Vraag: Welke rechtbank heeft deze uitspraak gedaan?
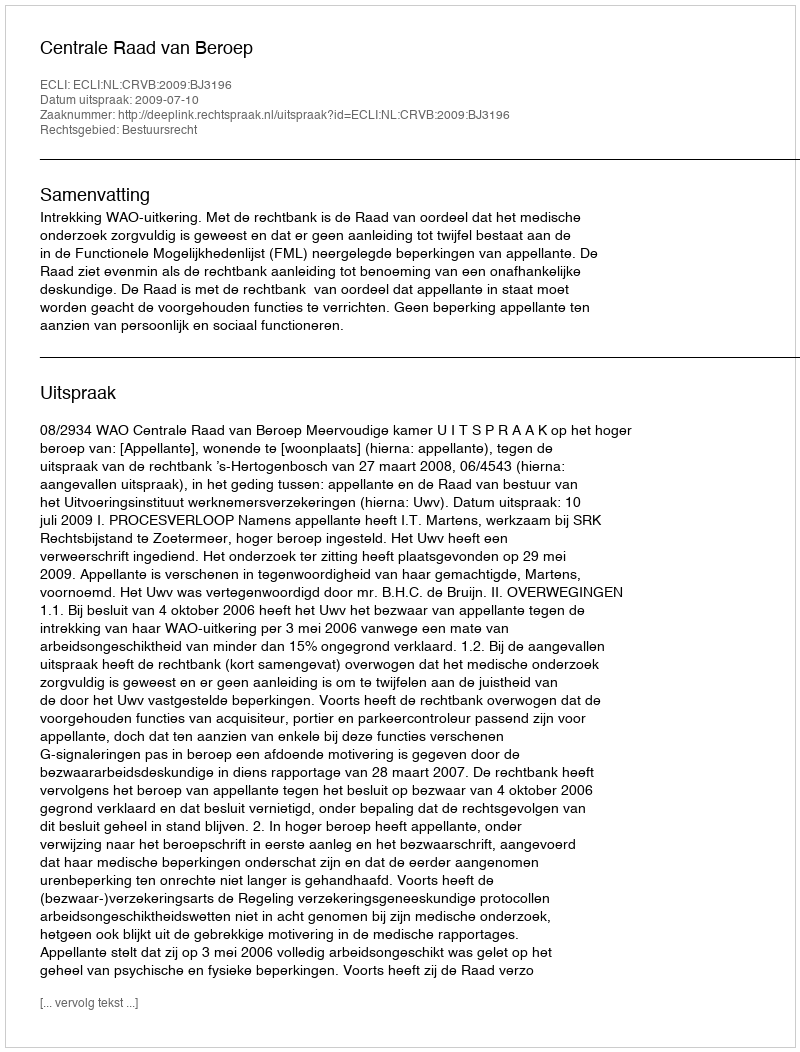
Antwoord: Centrale Raad van Beroep